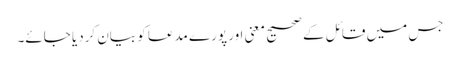
جس میں قائل کے صحیح معنی اور پورے مدعا کو بیان کردیا جائے۔